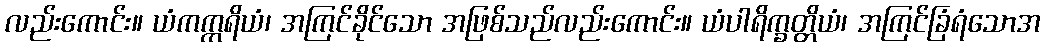
လည်းကောင်း။ ယံကက္ကရိယံ၊ အကြင်ခိုင်သော အဖြစ်သည်လည်းကောင်း။ ယံပါရိက္ခတ္တိယံ၊ အကြင်ခြံရံသောအ